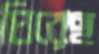
ঘিরেছ